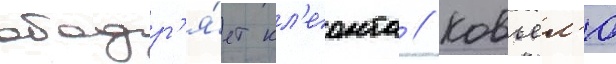
ободр'я́ет кл'еонта // Ковьел'ю